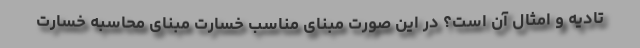
تادیه و امثال آن است؟ در این صورت مبنای مناسب خسارت مبنای محاسبه خسارت